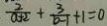
\frac { 2 } { a + 2 } + \frac { 3 } { b - 1 } + 1 = 0